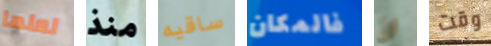
لعلها منذ ساقيه فالمكان ان وقت